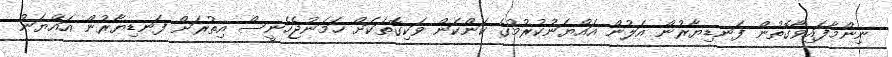
ނިންމާފައިވާގޮތުން ފަނޑިޔާރުން އަލުން އައްޔަނުކުރުމުގެ ކަންކަން ވަކިގޮތަކަށް ހަމަނުޖެހެނީސް އިތުރަށް ފަނޑިޔާރުން އައްޔަނު